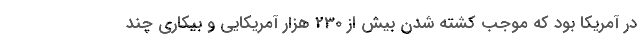
در آمریکا بود که موجب کشته شدن بیش از 230 هزار آمریکایی و بیکاری چند